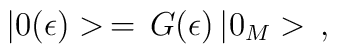
|0(\epsilon)>\,=\,G(\epsilon)\,|0_M>\,{,}